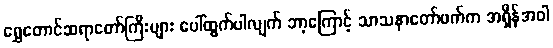
ရွှေတောင်ဆရာတော်ကြီးများ ပေါ်ထွက်ပါလျက် ဘာ့ကြောင့် သာသနာတော်ဖက်က အရှိန်အဝါ